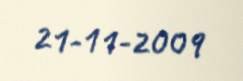
21-11-2009